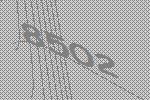
8502